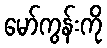
မော်ကွန်းကို